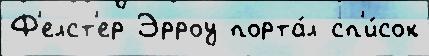
Ф'елст'ер Эрроу порта́л сп'и́сок